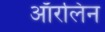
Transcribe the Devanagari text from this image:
ऑरलिन